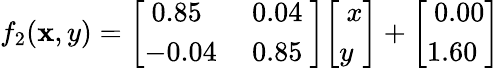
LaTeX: f_{2}(\mathbf{x},y)={\left[\begin{array}{ll}{\ 0.85}&{\ 0.04\ }\\ {-0.04}&{\ 0.85}\end{array}\right]}{\left[\begin{array}{l}{\ x}\\ {y}\end{array}\right]}+{\left[\begin{array}{l}{\ 0.00}\\ {1.60}\end{array}\right]}